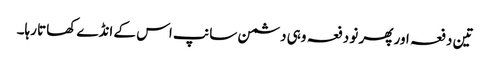
تین دفعہ اور پھر نو دفعہ وہی دشمن سانپ اس کے انڈے کھاتا رہا۔